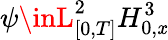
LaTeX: \psi\inL_{[0,T]}^{2}H_{0,\mathit{x}}^{3}